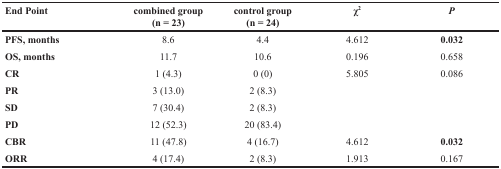
| End Point | combined group(n = 23) | control group(n = 24) | χ2 | P |
 | --- | --- | --- | --- | --- |
 | PFS, months | 8.6 | 4.4 | 4.612 | 0.032 |
 | OS, months | 11.7 | 10.6 | 0.196 | 0.658 |
 | CR | 1 (4.3) | 0 (0) | 5.805 | 0.086 |
 | PR | 3 (13.0) | 2 (8.3) |  |  |
 | SD | 7 (30.4) | 2 (8.3) |  |  |
 | PD | 12 (52.3) | 20 (83.4) |  |  |
 | CBR | 11 (47.8) | 4 (16.7) | 4.612 | 0.032 |
 | ORR | 4 (17.4) | 2 (8.3) | 1.913 | 0.167 |